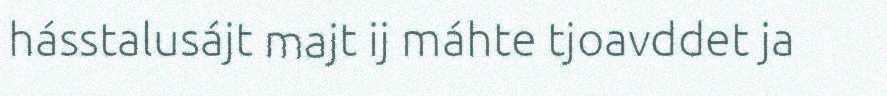
hásstalusájt majt ij máhte tjoavddet ja